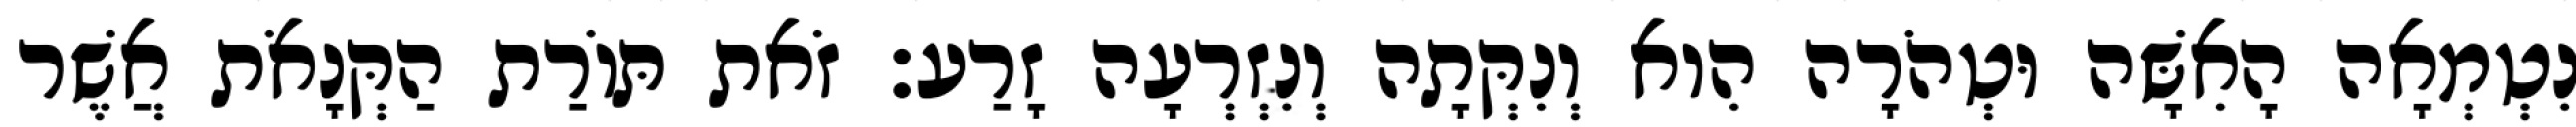
נִטְמְאָה הָאִשָּׁה וּטְהֹרָה הִוא וְנִקְּתָה וְנִזְרְעָה זָרַע׃ זֹאת תּוֹרַת הַקְּנָאֹת אֲשֶׁר